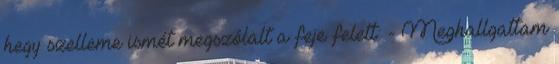
hegy szelleme ismét megszólalt a feje felett: - Meghallgattam